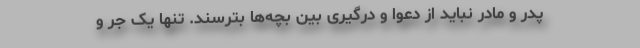
پدر و مادر نباید از دعوا و درگیری بین بچه‌ها بترسند. تنها یک جر و